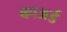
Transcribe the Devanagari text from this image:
काअर्ड